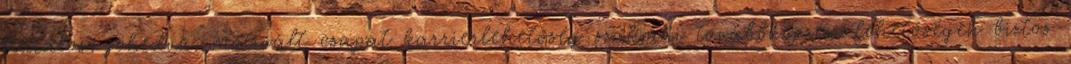
fiatalos, jókedvű, motivált csapat karrierlehetőség szakmai továbbképzési lehetőségek biztos